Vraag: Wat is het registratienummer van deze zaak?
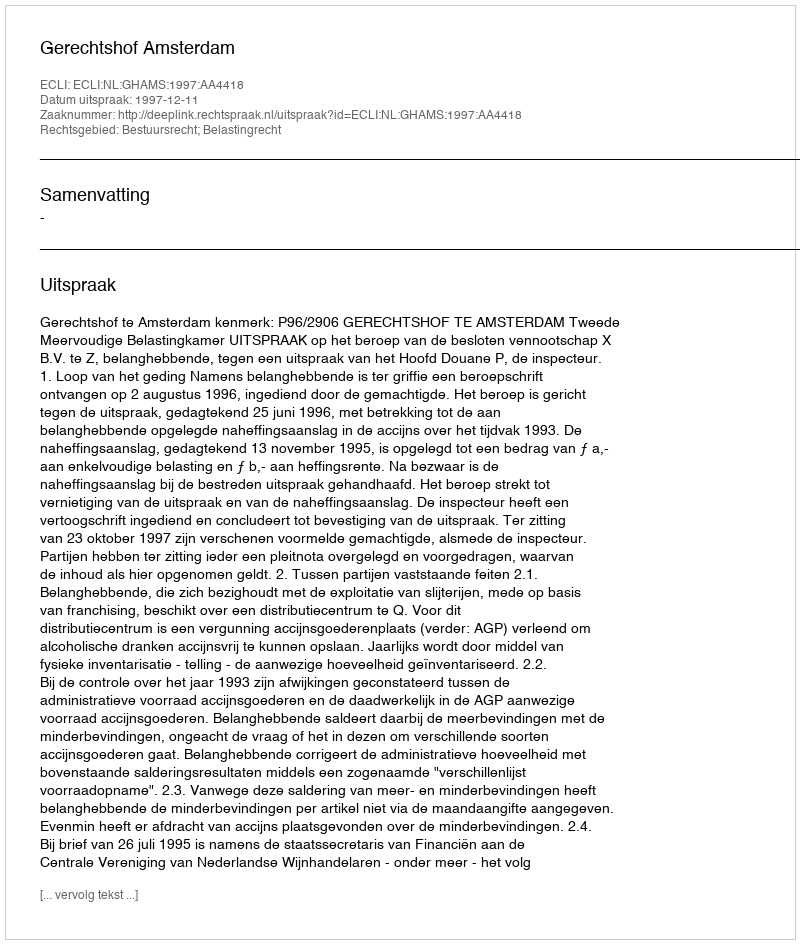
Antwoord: http://deeplink.rechtspraak.nl/uitspraak?id=ECLI:NL:GHAMS:1997:AA4418